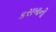
કસબાની